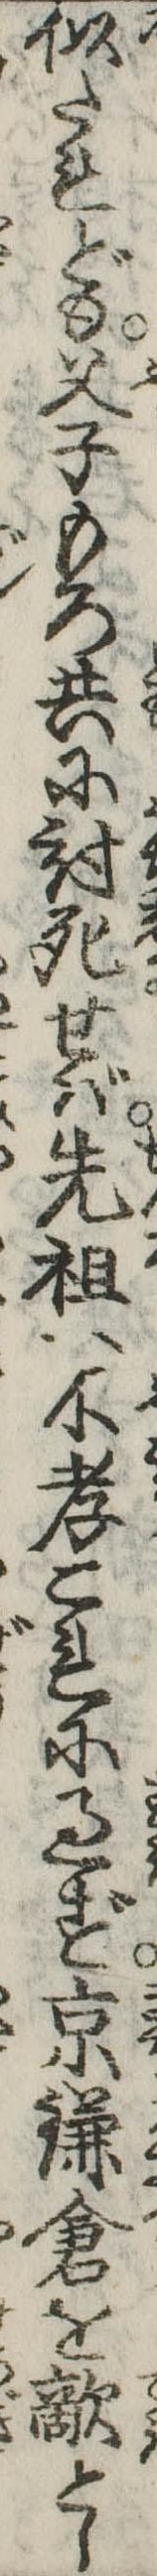
似たれども父子もろ共に討死せば先祖へ不孝これに過ず京鎌倉を敵とし